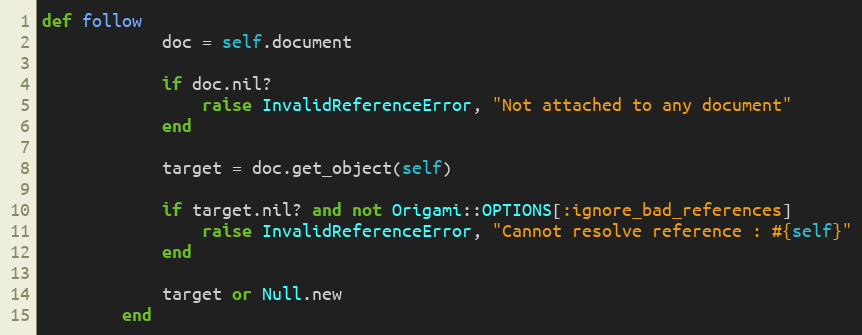
Language: Ruby
def follow
            doc = self.document

            if doc.nil?
                raise InvalidReferenceError, "Not attached to any document"
            end

            target = doc.get_object(self)

            if target.nil? and not Origami::OPTIONS[:ignore_bad_references]
                raise InvalidReferenceError, "Cannot resolve reference : #{self}"
            end

            target or Null.new
        end